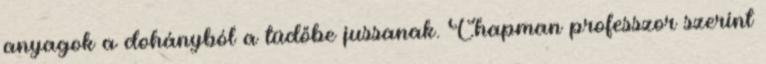
anyagok a dohányból a tüdőbe jussanak. Chapman professzor szerint